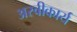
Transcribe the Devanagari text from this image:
अस्‍वीकार्य